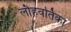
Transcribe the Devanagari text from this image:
लौहवर्तिका